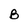
Character: B